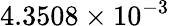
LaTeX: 4.3508\times 10^{-3}